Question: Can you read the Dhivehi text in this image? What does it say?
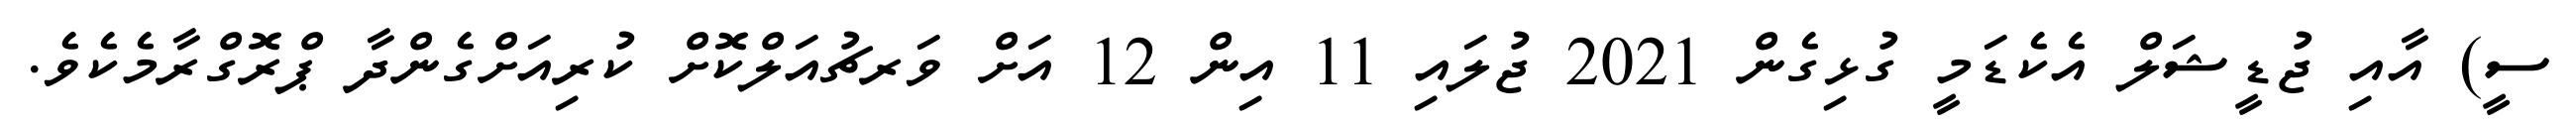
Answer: ސީ) އާއި ޖުޑީޝަލް އެކެޑަމީ ގުޅިގެން 2021 ޖުލައި 11 އިން 12 އަށް ވަރޗުއަލްކޮށް ކުރިއަށްގެންދާ ޕްރޮގްރާމެކެވެ.